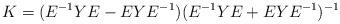
LaTeX: \begin{align*}K = (E^{-1}Y E - E Y E^{-1})(E^{-1}Y E + E Y E^{-1})^{-1}\end{align*}